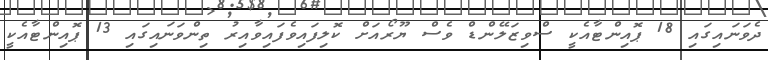
ދެވަނައިގައި 18 ޕޮއިންޓާއެކީ ސްވިޒަލޭންޑް ވެސް ޔޫރޯއަށް ކޮލިފައިވެފައިވާއިރު ތިންވަނައިގައި 13 ޕޮއިންޓާއެކީ